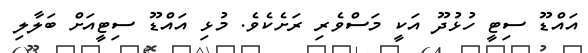
އައްޑޫ ސިޓީ ހުޅުދޫ އަކީ މަސްވެރި ރަށެކެވެ. މުޅި އައްޑޫ ސިޓީއަށް ބަލާލި